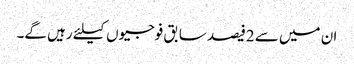
ان میں سے 2فیصد سابق فوجیوں کیلئے رہیں گے۔